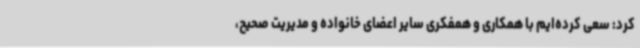
کرد: سعی کرده‌ایم با همکاری و همفکری سایر اعضای خانواده و مدیریت صحیح،